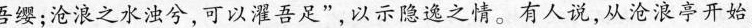
吾缨;沧浪之水浊兮，可以濯吾足”，以示隐逸之情。有人说，从沧浪亭开始，